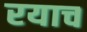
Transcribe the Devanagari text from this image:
रयाच